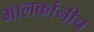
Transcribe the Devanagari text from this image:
मालकांनीच